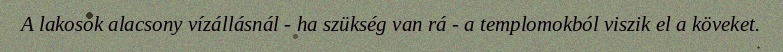
A lakosok alacsony vízállásnál - ha szükség van rá - a templomokból viszik el a köveket.